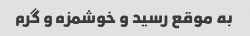
به موقع رسید و خوشمزه و گرم